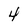
Character: 4